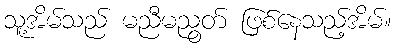
သူ့အိမ်သည် မညီမညွတ် ဖြစ်နေသည့်အိမ်။